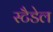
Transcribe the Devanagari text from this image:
स्टैडेल